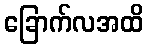
ခြောက်လအထိ